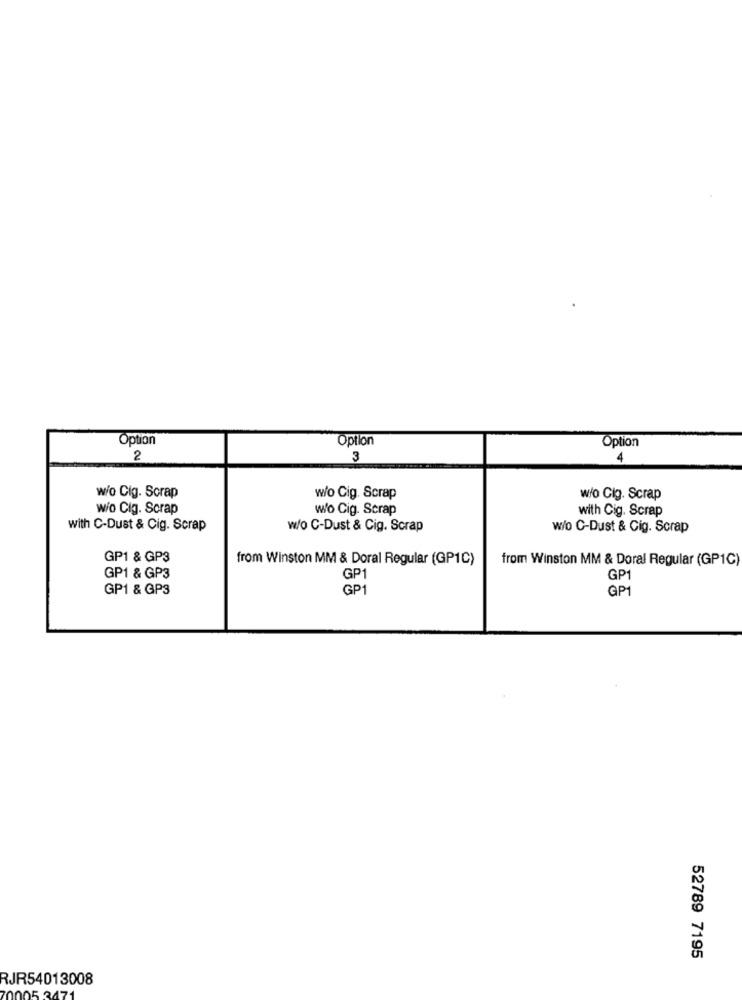
Option
Option
Option
2
3
4
w/o Cig. Scrap
w/o Cig. Scrap
w/o Cig. Scrap
wio Cig. Scrap
w/o Cig. Scrap
with Cig. Scrap
with C-Dust & Cig. Scrap
w/o C-Dust & Cig. Scrap
w/o C-Dust & Cig. Scrap
GP1 & GP3
from Winston MM & Doral Regular (GP1C)
from Winston MM & Doral Regular (GP1C)
GP1 & GP3
GP1
GP1
GP1 & GP3
GP1
GP1
52789 7195
RJR54013008
05.2